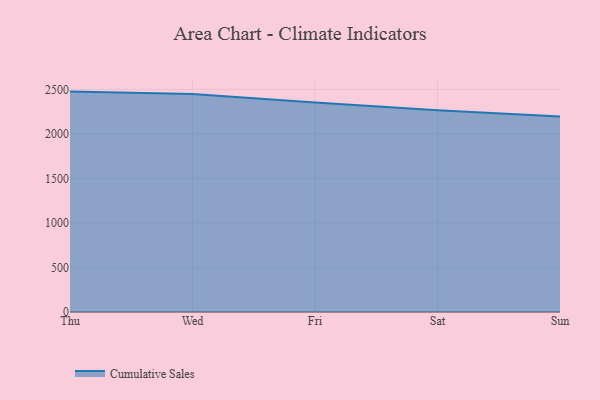
{"axis": {"x": "Day", "y": "Shipments"}, "legend": ["Cumulative Sales"], "data": [{"x": "Thu", "y": 2474.5, "type": "Cumulative Sales"}, {"x": "Wed", "y": 2447.3, "type": "Cumulative Sales"}, {"x": "Fri", "y": 2351.6, "type": "Cumulative Sales"}, {"x": "Sat", "y": 2266.0, "type": "Cumulative Sales"}, {"x": "Sun", "y": 2194.3, "type": "Cumulative Sales"}]}